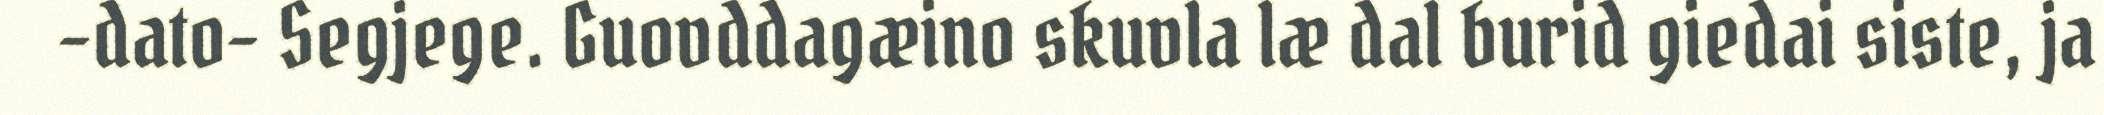
–dato- Segjege. Guovddagæino skuvla læ dal burid giedai siste, ja